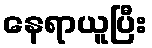
နေရာယူပြီး